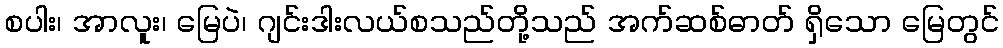
စပါး၊ အာလူး၊ မြေပဲ၊ ဂျင်းဒါးလယ်စသည်တို့သည် အက်ဆစ်ဓာတ် ရှိသော မြေတွင်